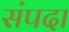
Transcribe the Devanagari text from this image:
संंपदा